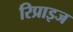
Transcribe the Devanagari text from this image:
रिप्राइज